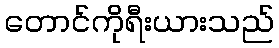
တောင်ကိုရီးယားသည်